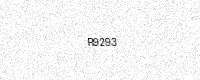
Text: R9293